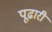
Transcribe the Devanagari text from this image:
पूढारी